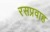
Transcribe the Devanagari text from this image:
रसप्रवाह